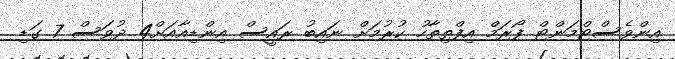
އިންވެސްޓްމަންޓް ފޯރަމް އިފްތިތާހު ކުރުމަށް ނައިބު ރައީސް އިންޑިއާއަށް4 ދުވަސް 7 ގަޑި